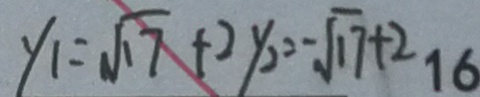
y _ { 1 } = \sqrt { 1 7 } + 2 y _ { 2 } = - \sqrt { 1 7 } + 2 1 6